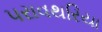
પરાવથરિયા